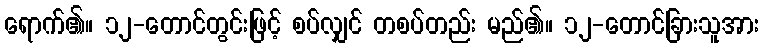
ရောက်၏။ ၁၂-တောင်တွင်းဖြင့် စပ်လျှင် တစပ်တည်း မည်၏။ ၁၂-တောင်ခြားသူအား